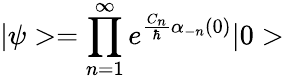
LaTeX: |\psi>=\prod_{n=1}^{\infty}e^{{\frac{C_{n}}{\hbar}}\alpha_{-n}(0)}|0>